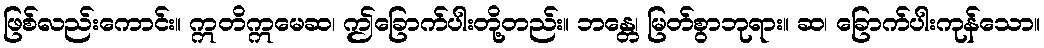
ဖြစ်လည်းကောင်း။ ဣတိဣမေဆ၊ ဤခြောက်ပါးတို့တည်း။ ဘန္တေ၊ မြတ်စွာဘုရား။ ဆ၊ ခြောက်ပါးကုန်သော။